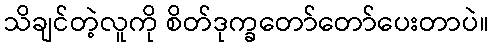
သိချင်တဲ့လူကို စိတ်ဒုက္ခတော်တော်ပေးတာပဲ။